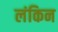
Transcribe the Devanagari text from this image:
लंकिन